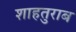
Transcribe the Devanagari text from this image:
शाहतुराब